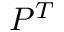
P ^ { T }